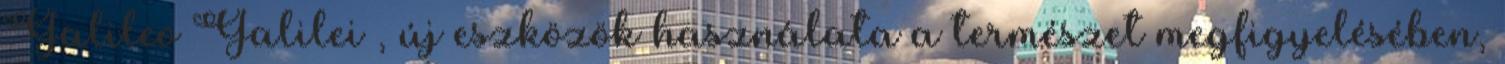
Galileo Galilei , új eszközök használata a természet megfigyelésében,